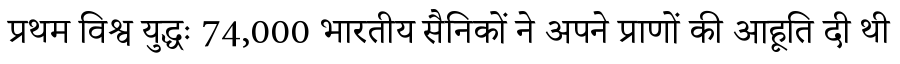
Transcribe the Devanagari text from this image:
प्रथम विश्व युद्धः 74,000 भारतीय सैनिकों ने अपने प्राणों की आहूति दी थी